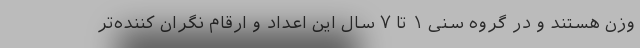
وزن هستند و در گروه سنی ۱ تا ۷ سال این اعداد و ارقام نگران کننده‌تر